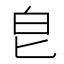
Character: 皀